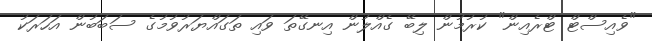
"ވެއިސްޓް ޓްރެއިން" ކުރުމުން ލިބޭ ގެއްލުން އިނގޭތަ ވައި ތަގައްޔަރުވުމުގެ ސަބަބުން އަހަރަކު